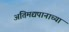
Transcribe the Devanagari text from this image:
अतिमद्यपानाच्या